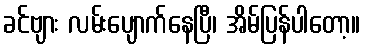
ခင်ဗျား လမ်းပျောက်နေပြီ၊ အိမ်ပြန်ပါတော့။